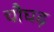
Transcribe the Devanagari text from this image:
चौघढ़